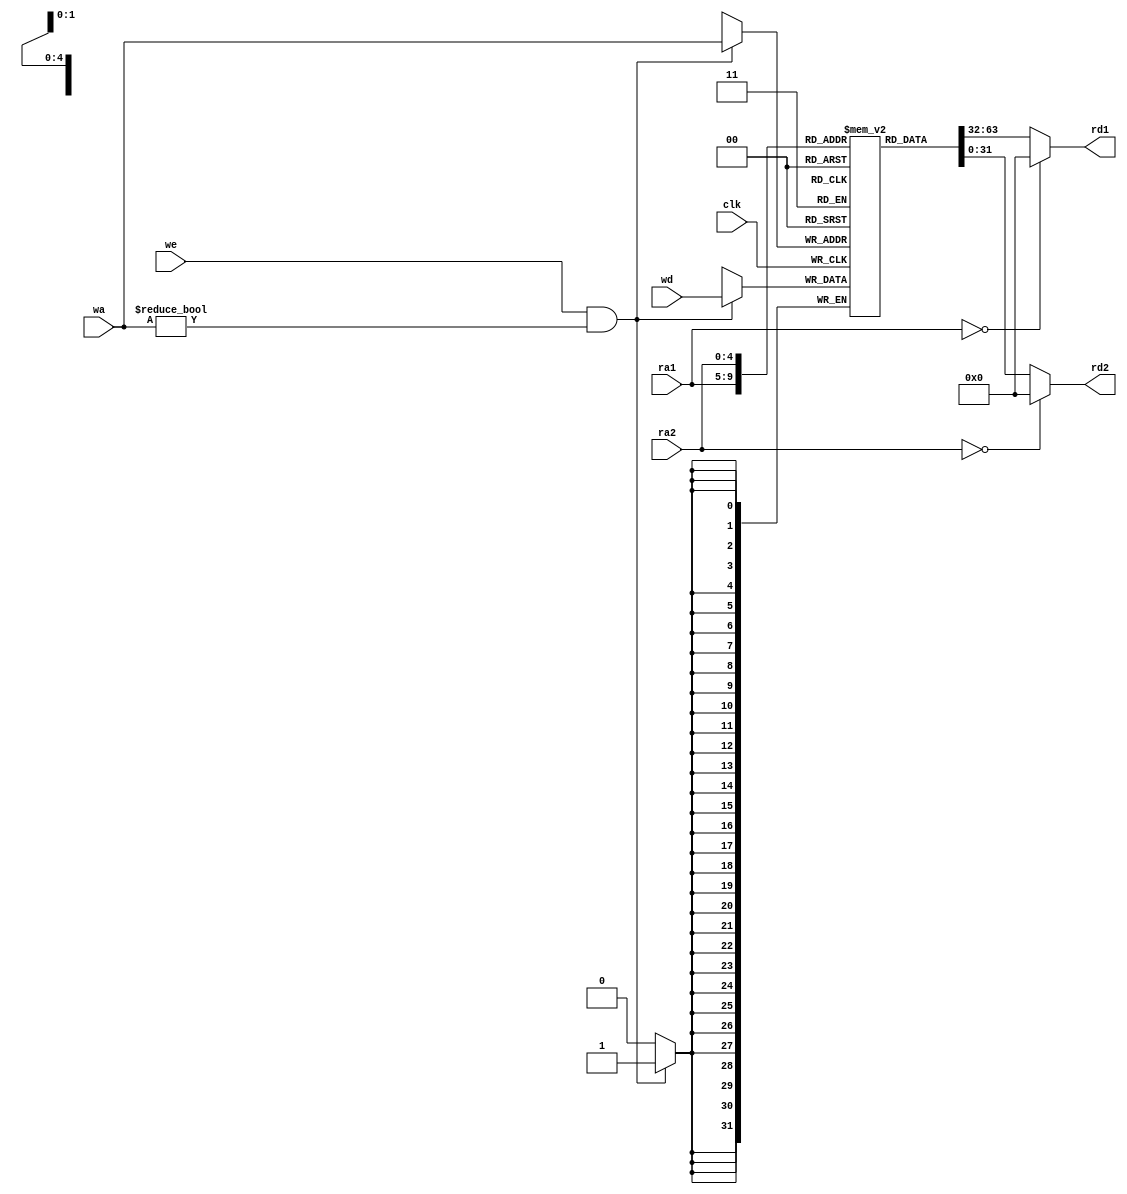
`timescale 1ns / 1ps


module reg_file (
    input         clk,
    input  [ 4:0] ra1,  // ?1
    input  [ 4:0] ra2,  // ?2
    input  [ 4:0] wa,  // ?
    input         we,  // ?
    input  [31:0] wd,  // ?
    output [31:0] rd1,  // 1
    output [31:0] rd2  // 2
);

  reg [31:0] gpr[31:1];
  //reg [ 1:0] hilo;
  assign rd1 = (ra1 == 5'b0) ? 32'b0 : gpr[ra1];
  assign rd2 = (ra2 == 5'b0) ? 32'b0 : gpr[ra2];

  always @(posedge clk) begin
    if (we & wa != 5'b0) begin
      /* verilator lint_off WIDTH */
      gpr[wa] <= wd;
      /* verilator lint_on WIDTH */
    end
  end

endmodule